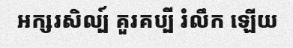
អក្សរសិល្ប៍ គួរគប្បី រំលឹក ឡើយ